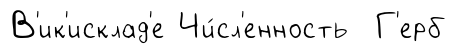
В'ик'исклад'е Чи́сл'енность Г'ерб